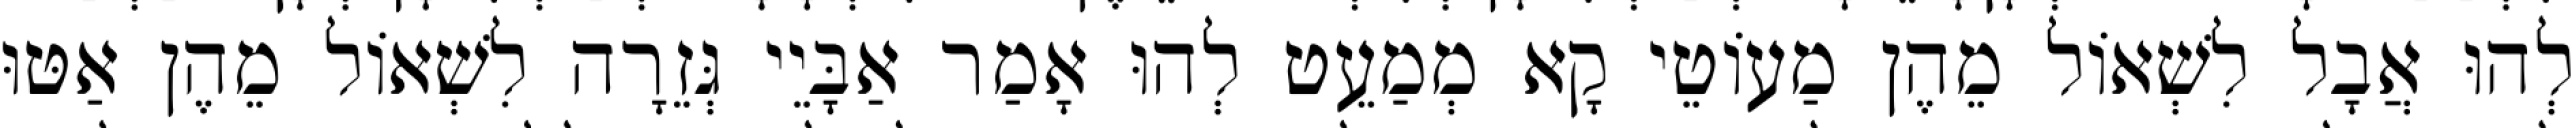
לְהוּ אֲבָל לִשְׁאוֹל מֵהֶן מַעוֹטֵי קָא מְמַעֵט לְהוּ אָמַר אַבָּיֵי גְּזֵרָה לִשְׁאוֹל מֵהֶן אַטּוּ